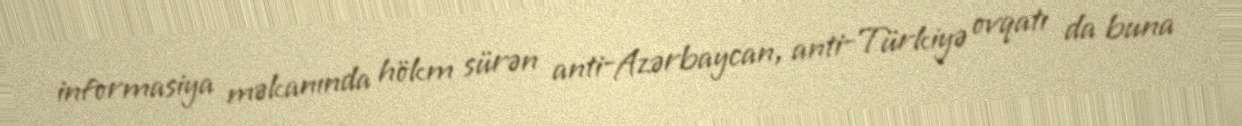
informasiya məkanında hökm sürən anti-Azərbaycan, anti-Türkiyə ovqatı da buna